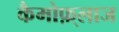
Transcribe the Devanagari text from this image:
कैमोफ़्लाज